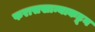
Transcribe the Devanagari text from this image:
फरासखान्याकडून